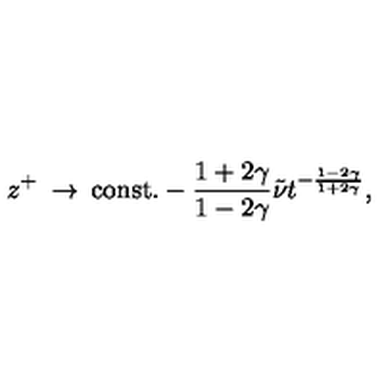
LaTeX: z ^ { + } \: \rightarrow \: \mathrm { c o n s t . } - \frac { 1 + 2 \gamma } { 1 - 2 \gamma } \tilde { \nu } t ^ { - \frac { 1 - 2 \gamma } { 1 + 2 \gamma } } ,